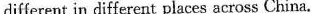
different in different places across China.